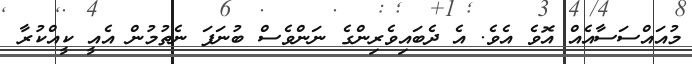
މުއައްސަސާއެއް އޮވެ އެވެ. އެ ދެބައިވެރިންގެ ނަންވެސް ބުނަފަ ނެތުމުން އެއީ ކީއްކުރާ